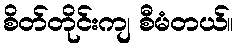
စိတ်တိုင်းကျ စီမံတယ်။